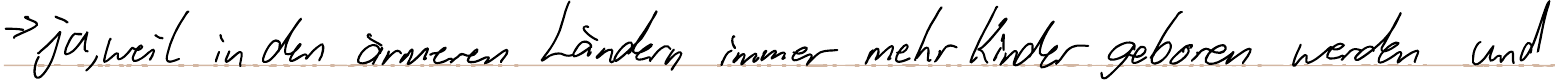
-> ja, weil in den ärmeren Ländern immer mehr Kinder geboren werden und